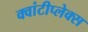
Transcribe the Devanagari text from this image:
क्वांटीप्लेक्स